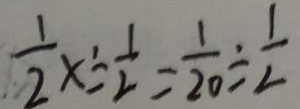
\frac { 1 } { 2 } x \div \frac { 1 } { 2 } = \frac { 1 } { 2 0 } \div \frac { 1 } { 2 }